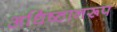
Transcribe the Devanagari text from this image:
अधिष्ठानरूप